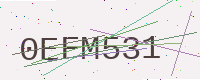
Text: 0EFM531